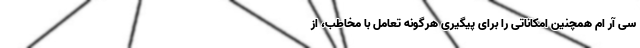
سی آر ام همچنین امکاناتی را برای پیگیری هرگونه تعامل با مخاطب، از